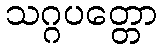
သဂ္ဂပတ္တော